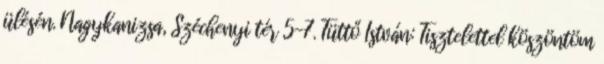
ülésén. Nagykanizsa, Széchenyi tér 5-7. Tüttő István: Tisztelettel köszöntöm